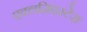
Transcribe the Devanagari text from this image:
एक्लज़िएस्टेस